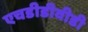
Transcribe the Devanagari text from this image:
एचडीडीवीडी